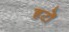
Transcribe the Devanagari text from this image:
हटों